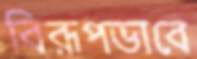
বিরূপভাবে